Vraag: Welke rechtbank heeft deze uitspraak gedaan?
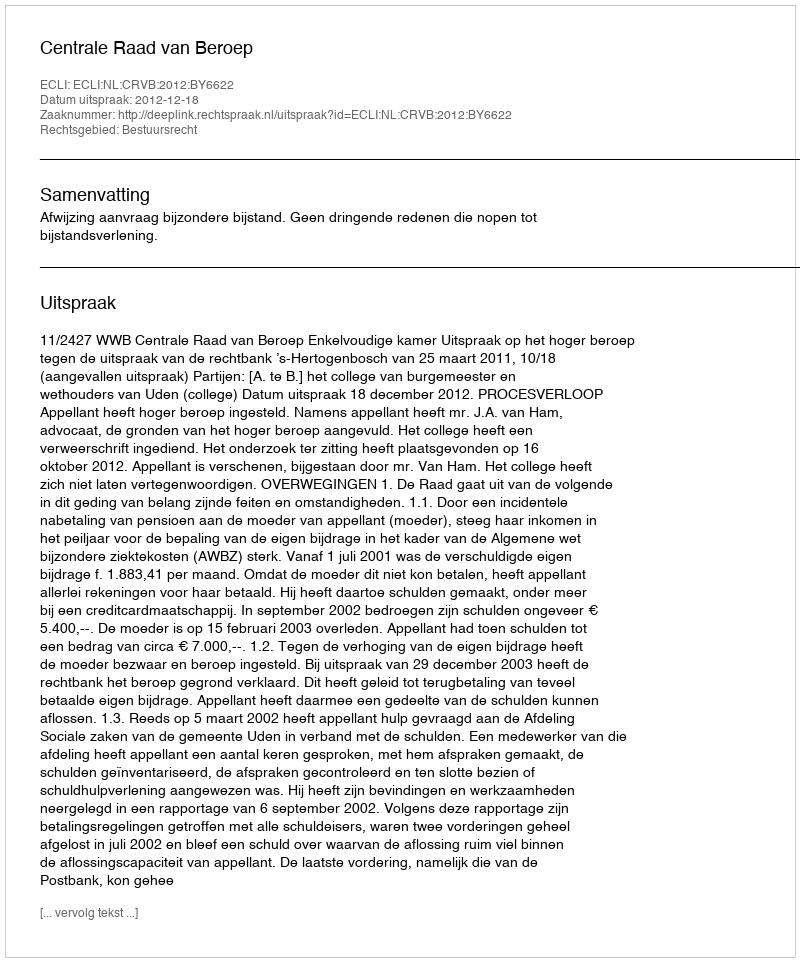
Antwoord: Centrale Raad van Beroep